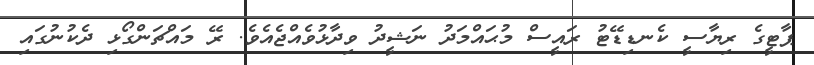
ޕާޓީގެ ރިޔާސީ ކެނޑިޑޭޓު ރައީސް މުޙައްމަދު ނަޝީދު ވިދާޅުވެއްޖެއެވެ. ރޭ މައްޗަންގޯޅި ދެކުނުގައި